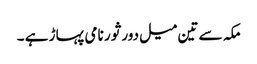
مکہ سے تین میل دور ثور نامی پہاڑ ہے ۔